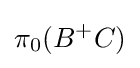
\pi _{0}(B^{+}C)